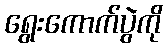
ရွေးကောက်ပွဲကို